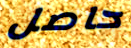
حاصل